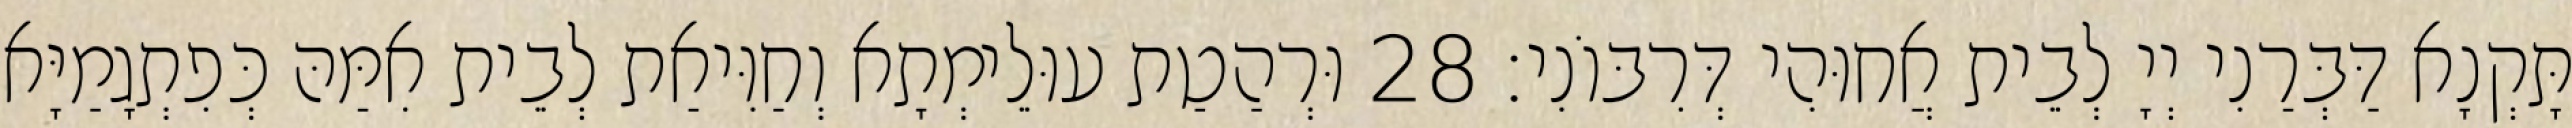
תָּקְנָא דַּבְּרַנִי יְיָ לְבֵית אֲחוּהִי דְּרִבּוֹנִי׃ 28 וּרְהַטַת עוּלֵימְתָא וְחַוִּיאַת לְבֵית אִמַּהּ כְּפִתְגָמַיָּא